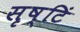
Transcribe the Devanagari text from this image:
सृष्टिं